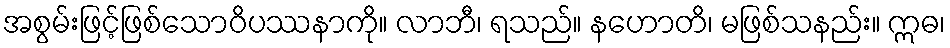
အစွမ်းဖြင့်ဖြစ်သောဝိပဿနာကို။ လာဘီ၊ ရသည်။ နဟောတိ၊ မဖြစ်သနည်း။ ဣဓ၊